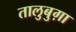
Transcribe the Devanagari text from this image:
तालुबुग़ा